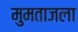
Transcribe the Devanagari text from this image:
मुमताजला